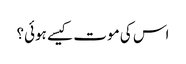
اس کی موت کیسے ہوئی؟